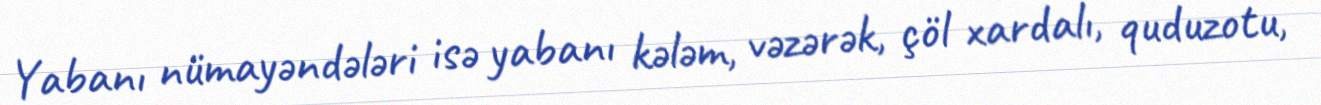
Yabanı nümayəndələri isə yabanı kələm, vəzərək, çöl xardalı, quduzotu,